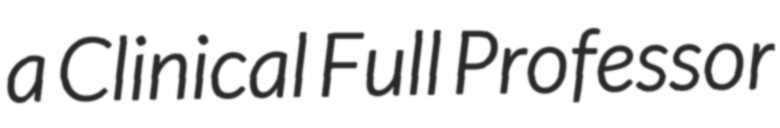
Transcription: a Clinical Full Professor